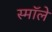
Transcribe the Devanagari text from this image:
स्मॉले